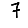
Digit: 7